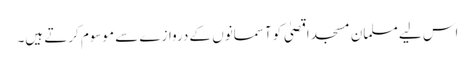
اس لیے مسلمان مسجد اقصیٰ کو آسمانوں کے دروازے سے موسوم کرتے ہیں۔